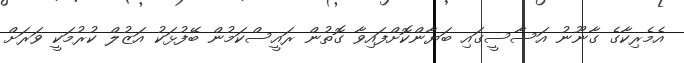
އެމެެރިކާގެ ގާނޫނު އަސާސީގައި ބަޔާންކޮށްފައިވާ ގޮތުން ރައީސްކަމުން ބޭފުޅަކު އަޒުލް ކުރުމަކީ ވަރަށް